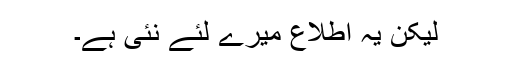
لیکن یہ اطلاع میرے لئے نئی ہے۔